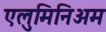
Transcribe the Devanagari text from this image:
एलुमिनिअम